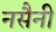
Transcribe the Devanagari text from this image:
नसैनी